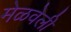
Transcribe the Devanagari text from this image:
मेळवेली